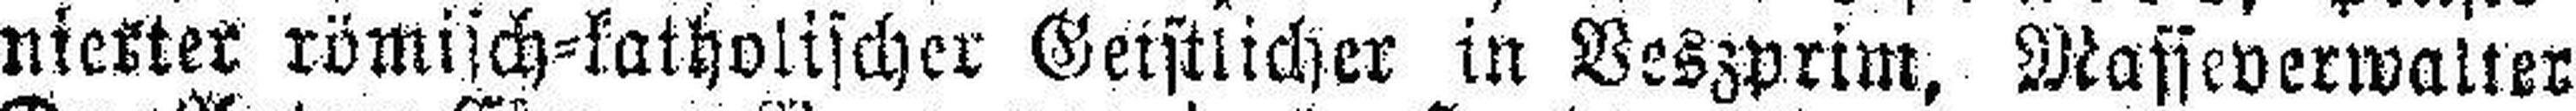
nierter römisch=katholischer Geistlicher in Veszprim, Masseverwalter